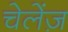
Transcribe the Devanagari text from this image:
चेलेंज़